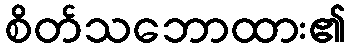
စိတ်သဘောထား၏